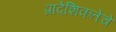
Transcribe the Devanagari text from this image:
प्रादेशिकतेचे